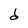
Character: d